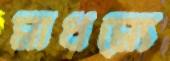
মাধম্যে